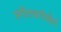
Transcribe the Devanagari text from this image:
संगीतध्वनीचौर्य